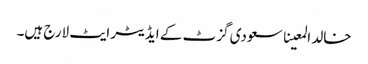
خالد المعینا سعودی گزٹ کے ایڈیٹر ایٹ لارج ہیں۔